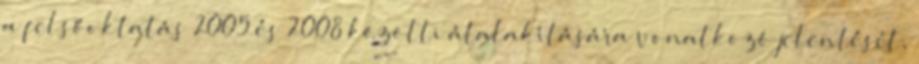
a felsőoktatás 2005 és 2008 közötti átalakítására vonatkozó jelentését,